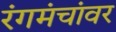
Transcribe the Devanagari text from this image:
रंगमंचांवर